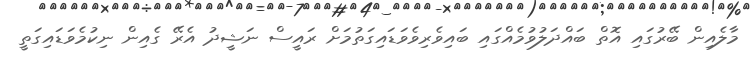
މާލެއިން ބޭރުގައި އޮތް ބައްދަލުވުމެއްގައި ބައިވެރިވެވަޑައިގަތުމަށް ރައީސް ނަޝީދު އެރޭ ގެއިން ނިކުމެވަޑައިގަތީ